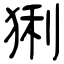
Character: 猁